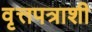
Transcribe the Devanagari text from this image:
वृत्तपत्राशी